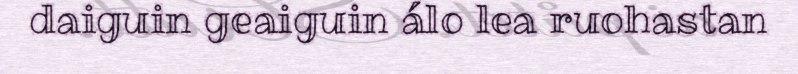
daiguin geaiguin álo lea ruohastan